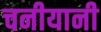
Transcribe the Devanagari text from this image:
चनीयानी